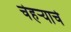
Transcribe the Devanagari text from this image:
चेहऱ्याचे